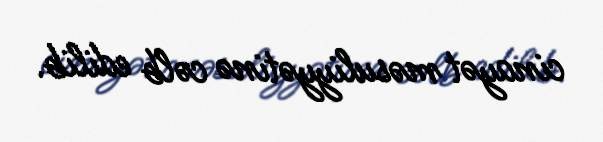
cinayət məsuliyyətinə cəlb edilib.